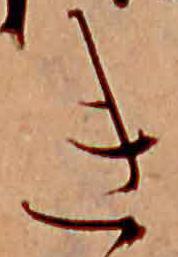
き